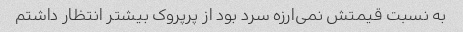
به نسبت قیمتش نمی‌ارزه سرد بود از پرپروک بیشتر انتظار داشتم